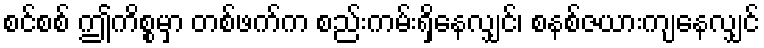
စင်စစ် ဤကိစ္စမှာ တစ်ဖက်က စည်းကမ်းရှိနေလျှင်၊ စနစ်ဇယားကျနေလျှင်